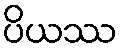
ပိယဿ